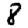
Digit: 8